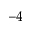
^ { - 4 }